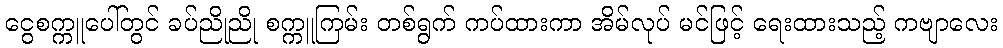
ငွေစက္ကူပေါ်တွင် ခပ်ညိုညို စက္ကူကြမ်း တစ်ရွက် ကပ်ထားကာ အိမ်လုပ် မင်ဖြင့် ရေးထားသည့် ကဗျာလေး